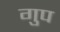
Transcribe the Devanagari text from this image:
गुप